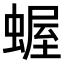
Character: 𧎜